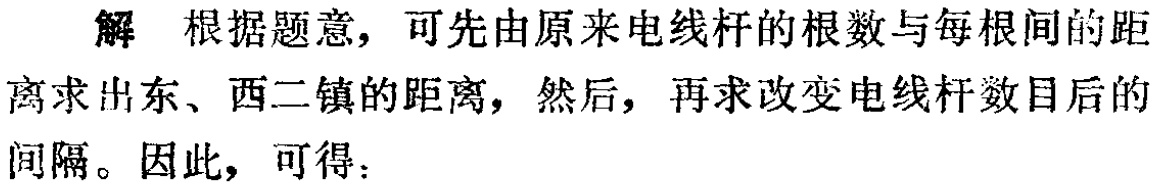
解 根据题意，可先由原来电线杆的根数与每根间的距离求出东、西二镇的距离，然后，再求改变电线杆数目后的间隔。因此，可得：